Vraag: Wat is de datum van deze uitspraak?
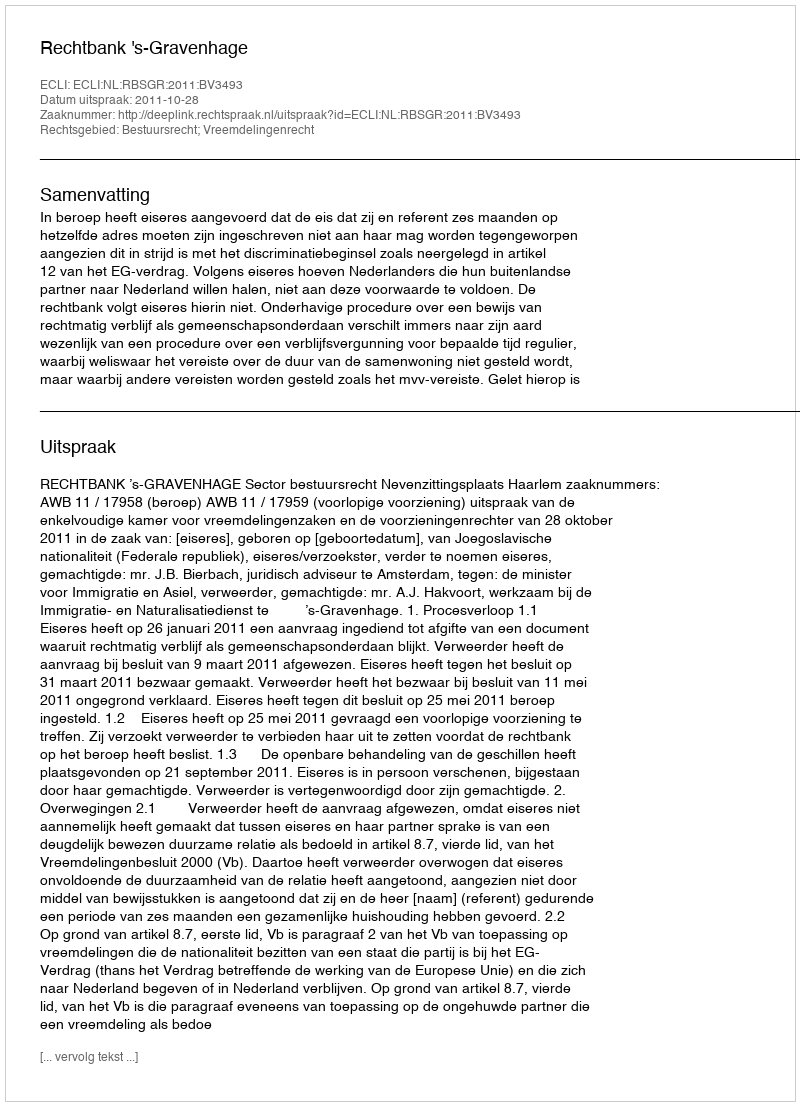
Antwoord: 2011-10-28